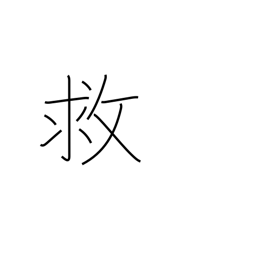
Meaning: help